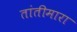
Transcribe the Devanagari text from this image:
तांतीमारा